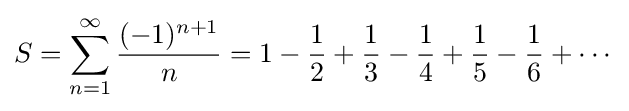
S=\sum _{n=1}^{\infty }{\frac {(-1)^{n+1}}{n}}=1-{\frac {1}{2}}+{\frac {1}{3}}-{\frac {1}{4}}+{\frac {1}{5}}-{\frac {1}{6}}+\cdots